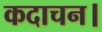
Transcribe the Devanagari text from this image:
कदाचन।